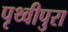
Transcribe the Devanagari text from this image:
पृथ्वीपुरा